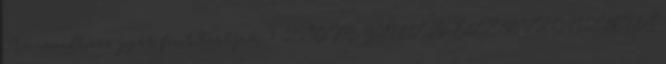
Az árváltozás jogát fent tartjuk. 1 ZSOM GYULA ELEKTRONIKUS